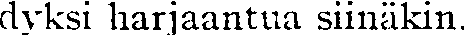
dyksi harjaantua siinäkin.